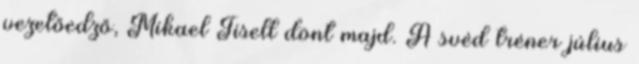
vezetőedző, Mikael Tisell dönt majd. A svéd tréner július